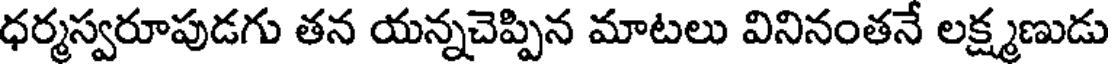
ధర్మస్వరూపుడగు తన యన్నచెప్పిన మాటలు వినినంతనే లక్ష్మణుడు